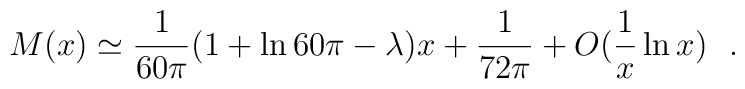
M(x)\simeq {1\over 60\pi}(1+\ln 60\pi-\lambda )x+{1\over 72\pi}+O({1\over x}\ln x)~~.